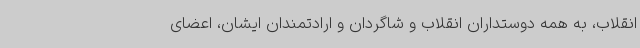
انقلاب، به همه دوستداران انقلاب و شاگردان و ارادتمندان ایشان، اعضای